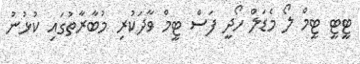
ޓީޓީ ޓީމް ލޯ މެޑަލް ހޯދީ ފަސް ޓީމް ވާދަކުރި މުބާރާތުގައި ކުޅުނު